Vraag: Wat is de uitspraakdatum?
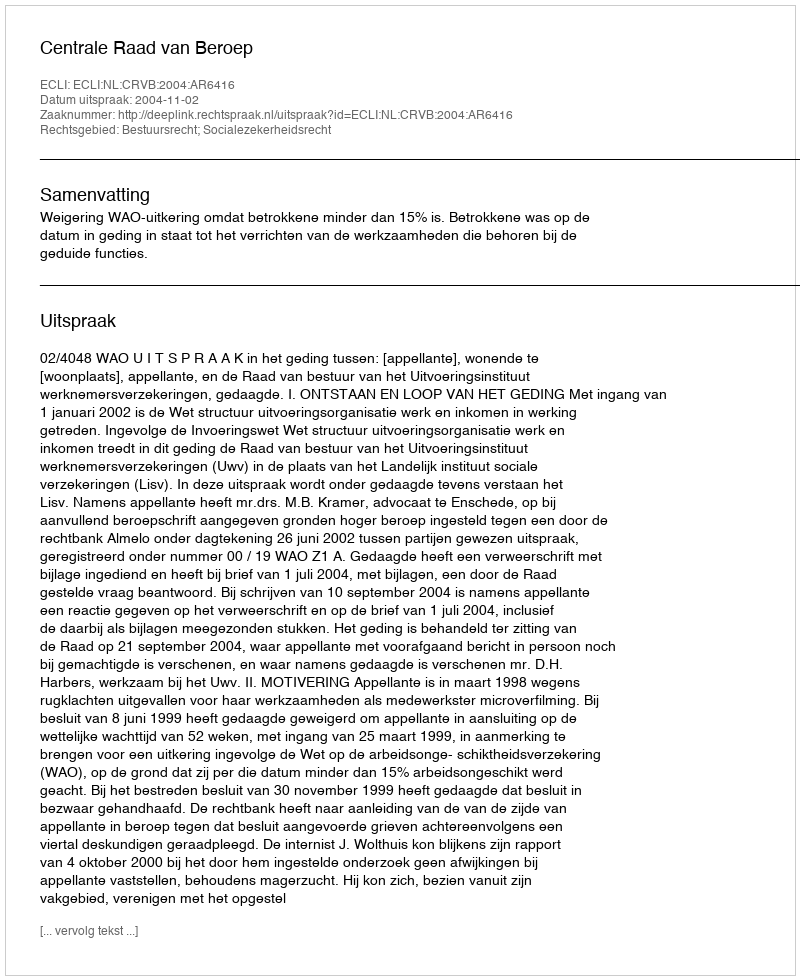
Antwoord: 2004-11-02